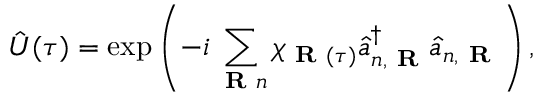
\hat { U } ( \tau ) = \exp \left( - i \sum _ { \textbf { R } n } \chi _ { \textbf { R } ( \tau ) } \hat { a } _ { n , \textbf { R } } ^ { \dagger } \hat { a } _ { n , \textbf { R } } \right) ,